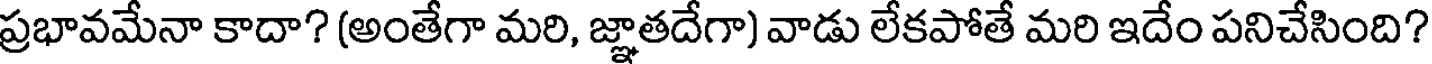
ప్రభావమేనా కాదా? (అంతేగా మరి, జ్ఞాతదేగా) వాడు లేకపోతే మరి ఇదేం పనిచేసింది?